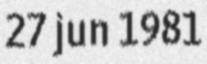
27 jun 1981